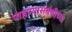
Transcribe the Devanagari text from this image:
पाहण्यासंबंधीच्या